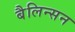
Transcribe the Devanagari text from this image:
बैलिन्सन